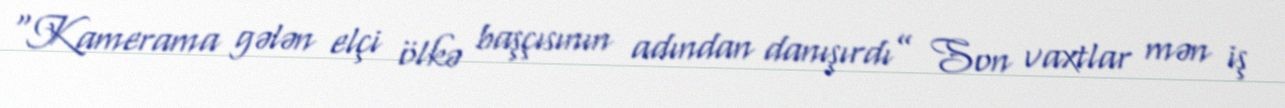
“Kamerama gələn elçi ölkə başçısının adından danışırdı” Son vaxtlar mən iş